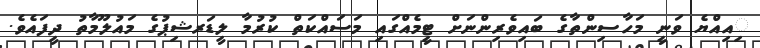
ިއިއްޔެ ވަނީ މަހާސިންތާގެ ބައިވެރިންނަށް ޓީމެއްގައި މަސައްކަތް ކުރުމާ ލީޑަރޝިޕުގެ މައުލޫމާތު ދީފައެވެ.